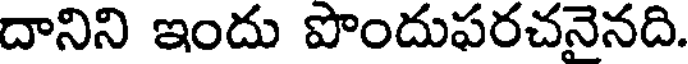
దానిని ఇందు పొందుఫరచనైనది.